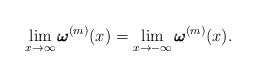
LaTeX: \begin{align*}\lim_{x\to \infty}\pmb\omega^{(m)} (x)=\lim_{x\to - \infty}\pmb\omega^{(m)}(x).\end{align*}